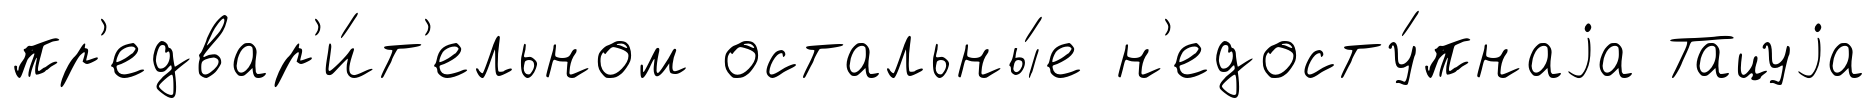
пр'едвар'и́т'ельном остальны́е н'едосту́пнаjа Тацуjа